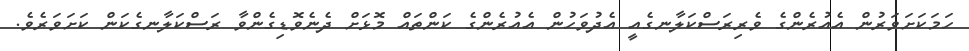
ހަމަކަށަވަރުން އެއުރެންގެ ވެރިރަސްކަލާނގެއީ އެދުވަހުން އެއުރެންގެ ކަންތައް މޮޅަށް ދެނެވޮޑިގެންވާ ރަސްކަލާނގެކަން ކަށަވަރެވެ.